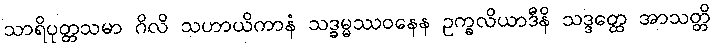
သာရိပုတ္တသမာ ဂိလိ သဟာယိကာနံ သဒ္ဓမ္မဿဝနေန ဥက္ခလိယာဒီနိ သဒ္ဒတ္ထေ အာသတ္တိ